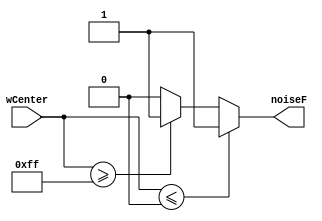

`default_nettype none

module noiseDetection (noiseF, wCenter);
	// Parameters
	parameter DATA_WIDTH = 8, T1 = 0, T2 = 255;

	// Outputs
	output wire noiseF;
	
	//Inputs
	input wire [DATA_WIDTH - 1 : 0] wCenter;

	// Dataflow Description
	assign noiseF =	(wCenter <= T1) ? 1 :
				(wCenter >= T2) ? 1 : 0;
endmodule